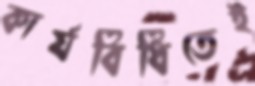
কার্যবিধিতেই